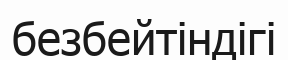
безбейтіндігі